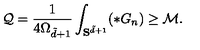
\mathcal { Q } = \frac { 1 } { 4 \Omega _ { \tilde { d } + 1 } } \int _ { { \bf S } ^ { \tilde { d } + 1 } } ( * G _ { n } ) \ge \mathcal { M } .